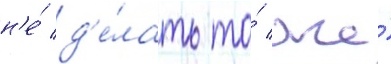
н'е́ д'е́лать то́ же́